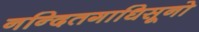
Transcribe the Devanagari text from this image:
नन्दितगाधिसूनो